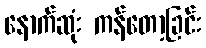
နောက်ဆုံး ကန်တော့ခြင်း